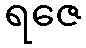
ရဇေ